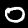
Label: 0